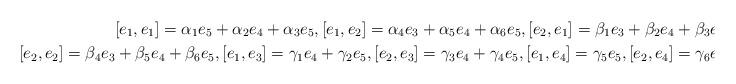
LaTeX: \begin{align*}[e_1, e_1]=\alpha_1e_5+\alpha_2e_4+\alpha_3e_5, [e_1, e_2]=\alpha_4e_3+ \alpha_5e_4+ \alpha_6e_5, [e_2, e_1]=\beta_1e_3+\beta_2e_4+ \beta_3e_5, \\ [e_2, e_2]=\beta_4e_3+\beta_5e_4+\beta_6e_5, [e_1, e_3]=\gamma_1e_4+\gamma_2e_5, [e_2, e_3]=\gamma_3e_4+\gamma_4e_5, [e_1, e_4]=\gamma_5e_5, [e_2, e_4]=\gamma_6e_5.\end{align*}